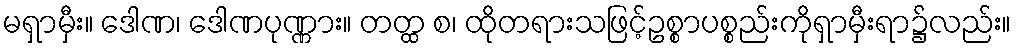
မရှာမှီး။ ဒေါဏ၊ ဒေါဏပုဏ္ဏား။ တတ္ထ စ၊ ထိုတရားသဖြင့်ဥစ္စာပစ္စည်းကိုရှာမှီးရာ၌လည်း။